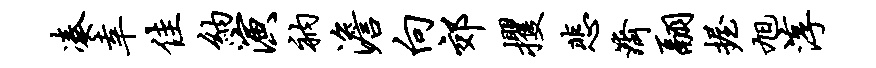
凑幸佳纳演衲澹向郊攫悲济翮握旭淳